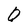
Character: O